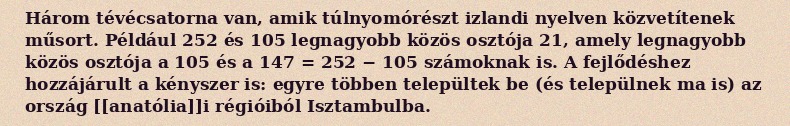
Három tévécsatorna van, amik túlnyomórészt izlandi nyelven közvetítenek műsort. Például 252 és 105 legnagyobb közös osztója 21, amely legnagyobb közös osztója a 105 és a 147 = 252 − 105 számoknak is. A fejlődéshez hozzájárult a kényszer is: egyre többen települtek be (és települnek ma is) az ország [[anatólia]]i régióiból Isztambulba.